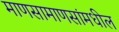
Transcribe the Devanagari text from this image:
माणसामाणसांमधील